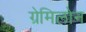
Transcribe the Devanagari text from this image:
ग्रेमिलोन